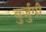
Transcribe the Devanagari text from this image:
बुर्जुगी